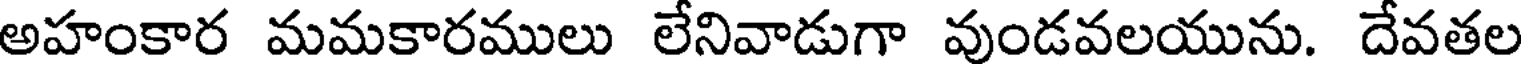
అహంకార మమకారములు లేనివాడుగా వుండవలయును. దేవతల